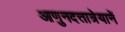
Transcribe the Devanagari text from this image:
आणुनदत्तात्रेयानें